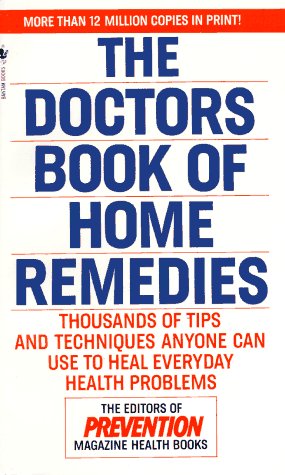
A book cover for The Doctors Book of Home Remedies: Thousands of Tips and Techniques Anyone Can Use to Heal Everyday Health Problems; Prevention Magazine Editors; Health, Fitness & Dieting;